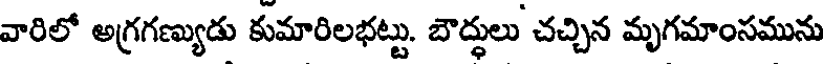
వారిలో అగ్రగణ్యుడు కుమారిలభట్టు. బౌద్ధులు చచ్చిన మృగమాంసమును